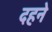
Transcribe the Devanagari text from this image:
दहने